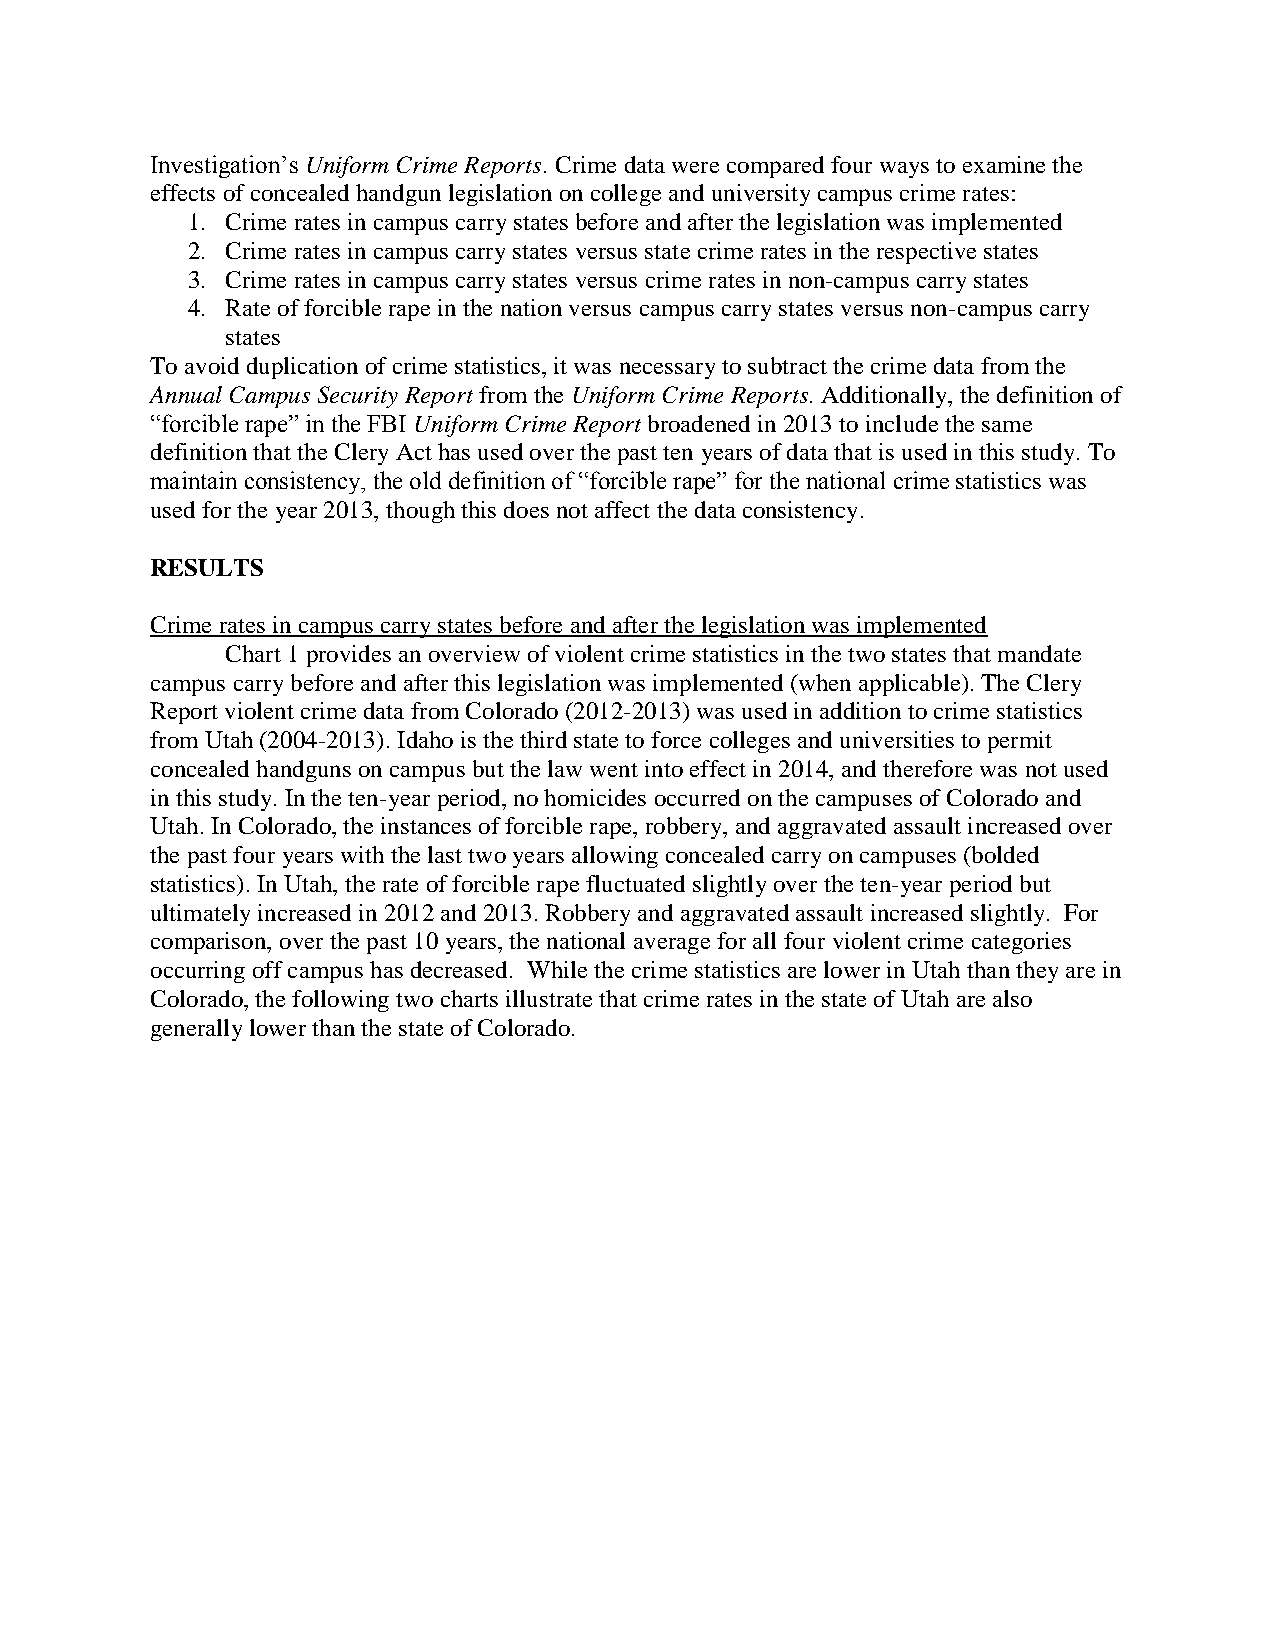
Investigation’s Uniform Crime Reports. Crime data were compared four ways to examine the
 effects of concealed handgun legislation on college and university campus crime rates:
 1. Crime rates in campus carry states before and after the legislation was implemented
 2. Crime rates in campus carry states versus state crime rates in the respective states
 3. Crime rates in campus carry states versus crime rates in non-campus carry states
 4. Rate of forcible rape in the nation versus campus carry states versus non-campus carry
 states
 To avoid duplication of crime statistics, it was necessary to subtract the crime data from the
 Annual Campus Security Report from the Uniform Crime Reports. Additionally, the definition of
 “forcible rape” in the FBI Uniform Crime Report broadened in 2013 to include the same
 definition that the Clery Act has used over the past ten years of data that is used in this study. To
 maintain consistency, the old definition of “forcible rape” for the national crime statistics was
 used for the year 2013, though this does not affect the data consistency.
 RESULTS
 Crime rates in campus carry states before and after the legislation was implemented
 Chart 1 provides an overview of violent crime statistics in the two states that mandate
 campus carry before and after this legislation was implemented (when applicable). The Clery
 Report violent crime data from Colorado (2012-2013) was used in addition to crime statistics
 from Utah (2004-2013). Idaho is the third state to force colleges and universities to permit
 concealed handguns on campus but the law went into effect in 2014, and therefore was not used
 in this study. In the ten-year period, no homicides occurred on the campuses of Colorado and
 Utah. In Colorado, the instances of forcible rape, robbery, and aggravated assault increased over
 the past four years with the last two years allowing concealed carry on campuses (bolded
 statistics). In Utah, the rate of forcible rape fluctuated slightly over the ten-year period but
 ultimately increased in 2012 and 2013. Robbery and aggravated assault increased slightly. For
 comparison, over the past 10 years, the national average for all four violent crime categories
 occurring off campus has decreased. While the crime statistics are lower in Utah than they are in
 Colorado, the following two charts illustrate that crime rates in the state of Utah are also
 generally lower than the state of Colorado.